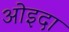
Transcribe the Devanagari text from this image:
ओइदा